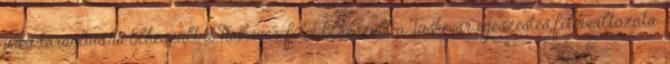
www.tarandus.hu Elkészült a Tüskevár-film Elkészült a Tüskevár egészestés filmváltozata;